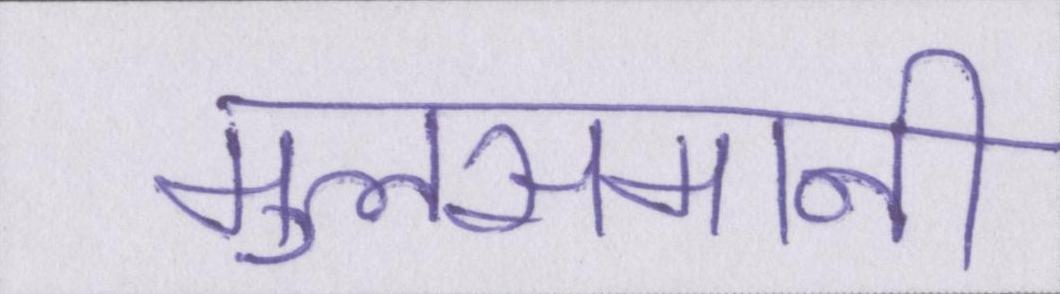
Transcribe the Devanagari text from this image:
मुलसमानी